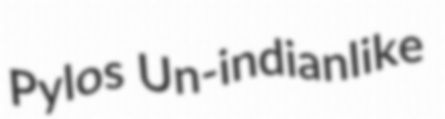
Pylos Un-indianlike